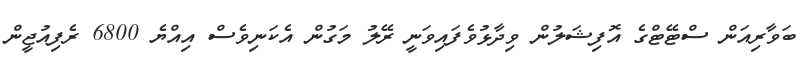
ބަވާރިއަން ސްޓޭޓްގެ އޮފިޝަލުން ވިދާޅުވެފައިވަނީ ރޭލު މަގުން އެކަނިވެސް އިއްޔެ 6800 ރެފިއުޖީން